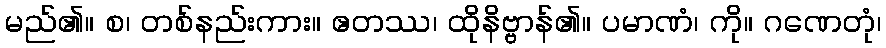
မည်၏။ စ၊ တစ်နည်းကား။ ဧတဿ၊ ထိုနိဗ္ဗာန်၏။ ပမာဏံ၊ ကို။ ဂဏေတုံ၊